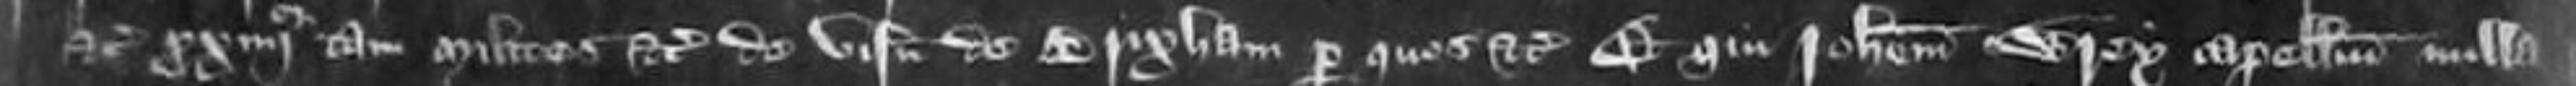
etc proximo quarto tam milites etc de visneto de Brixham per quos etc Et qui Johannem Wrey capellum nulla